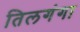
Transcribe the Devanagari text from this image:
तिलगंगा